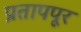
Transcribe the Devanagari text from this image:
प्रतापपूर